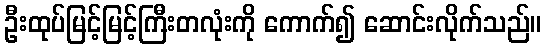
ဦးထုပ်မြင့်မြင့်ကြီးတလုံးကို ကောက်၍ ဆောင်းလိုက်သည်။